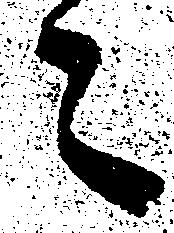
々